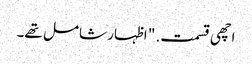
اچھی قسمت. " اظہار شامل تھے۔